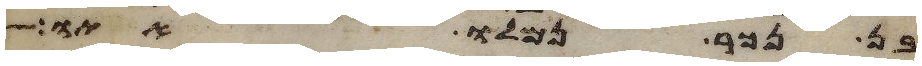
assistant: בן נכר נמלו אתו